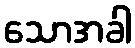
သောအခါ